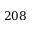
2 0 8